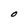
Character: O